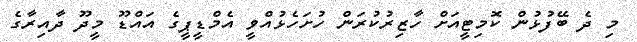
މި ދެ ބޭފުޅުން ކޮމިޓީއަށް ހާޒިރުކުރަން ހުށަހެޅުއްވީ އެމްޑީޕީގެ އައްޑޫ މީދޫ ދާއިރާގެ